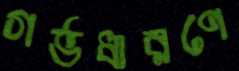
গর্ভধারণে